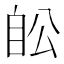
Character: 𦤉